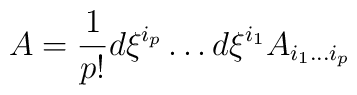
A={1\over p!}d\xi^{i_p}\dots d\xi^{i_1} A_{i_1\dots i_p}